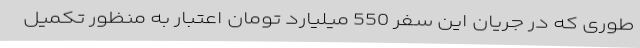
طوری که در جریان این سفر 550 میلیارد تومان اعتبار به منظور تکمیل